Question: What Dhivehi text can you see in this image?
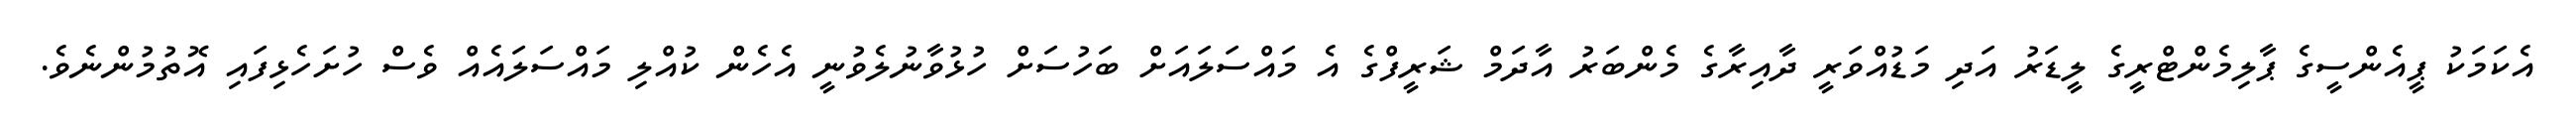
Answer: އެކަމަކު ޕީއެންސީގެ ޕާލިމެންޓްރީގެ ލީޑަރު އަދި މަޑުއްވަރީ ދާއިރާގެ މެންބަރު އާދަމް ޝަރީފްގެ އެ މައްސަލައަށް ބަހުސަށް ހުޅުވާނުލެވުނީ އެހެން ކުއްލި މައްސަލައެއް ވެސް ހުށަހެޅިފައި އޮތުމުންނެވެ.